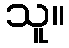
သူ။